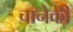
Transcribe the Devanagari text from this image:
चानेकी